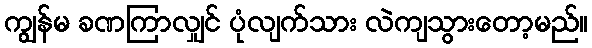
ကျွန်မ ခဏကြာလျှင် ပုံလျက်သား လဲကျသွားတော့မည်။